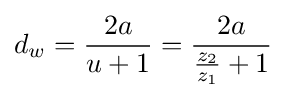
d_{w}={\frac {2a}{u+1}}={\frac {2a}{{\frac {z_{2}}{z_{1}}}+1}}